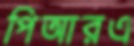
পিআরএ